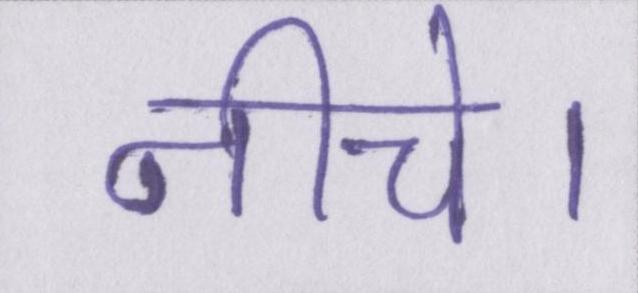
नीचे।